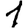
Digit: 1